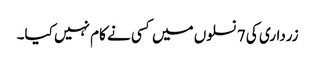
زرداری کی 7 نسلوں میں کسی نے کام نہیں کیا۔